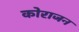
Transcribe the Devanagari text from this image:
कोराजन